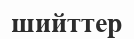
шийттер